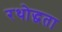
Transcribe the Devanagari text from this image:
रथोद्धता